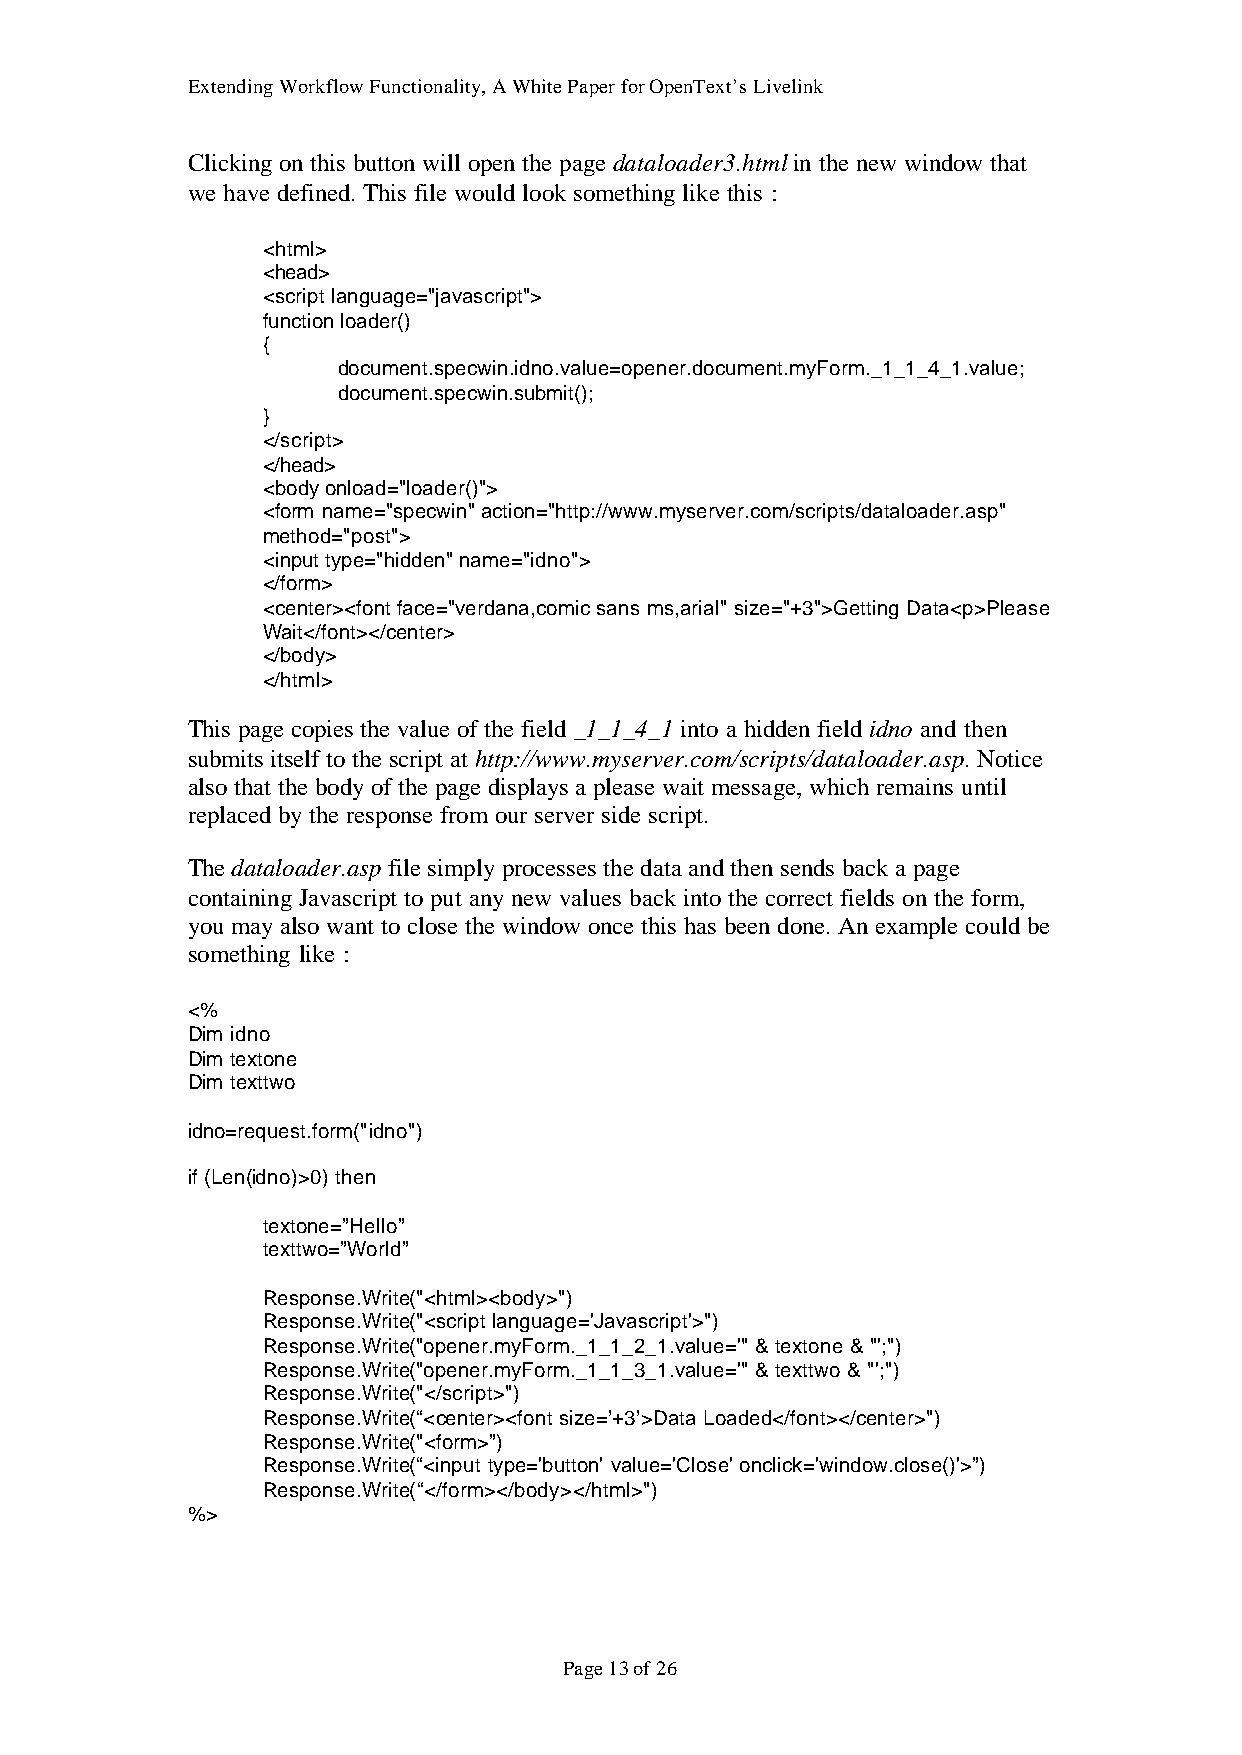
Extending Workflow Functionality, A White Paper for OpenText’s Livelink
 Clicking on this button will open the page dataloader3.html in the new window that
 we have defined. This file would look something like this :
 <html>
 <head>
 <script language="javascript">
 function loader()
 {
 document.specwin.idno.value=opener.document.myForm._1_1_4_1.value;
 document.specwin.submit();
 }
 </script>
 </head>
 <body onload="loader()">
 <form name="specwin" action="http://www.myserver.com/scripts/dataloader.asp"
 method="post">
 <input type="hidden" name="idno">
 </form>
 <center><font face="verdana,comic sans ms,arial" size="+3">Getting Data<p>Please
 Wait</font></center>
 </body>
 </html>
 This page copies the value of the field _1_1_4_1 into a hidden field idno and then
 submits itself to the script at http://www.myserver.com/scripts/dataloader.asp. Notice
 also that the body of the page displays a please wait message, which remains until
 replaced by the response from our server side script.
 The dataloader.asp file simply processes the data and then sends back a page
 containing Javascript to put any new values back into the correct fields on the form,
 you may also want to close the window once this has been done. An example could be
 something like :
 <%
 Dim idno
 Dim textone
 Dim texttwo
 idno=request.form("idno")
 if (Len(idno)>0) then
 textone=”Hello”
 texttwo=”World”
 Response.Write("<html><body>")
 Response.Write("<script language='Javascript'>")
 Response.Write("opener.myForm._1_1_2_1.value='" & textone & "';")
 Response.Write("opener.myForm._1_1_3_1.value='" & texttwo & "';")
 Response.Write("</script>")
 Response.Write(“<center><font size=’+3’>Data Loaded</font></center>")
 Response.Write("<form>”)
 Response.Write(“<input type='button' value='Close' onclick='window.close()'>”)
 Response.Write(“</form></body></html>")
 %>
 Page 13 of 26